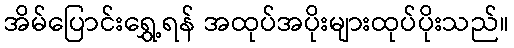
အိမ်ပြောင်းရွှေ့ရန် အထုပ်အပိုးများထုပ်ပိုးသည်။